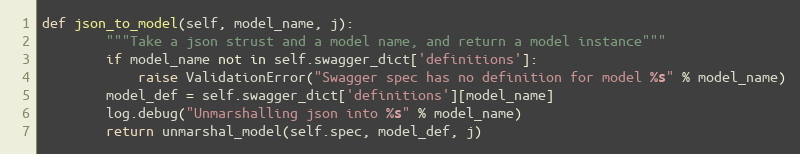
Language: Python
def json_to_model(self, model_name, j):
        """Take a json strust and a model name, and return a model instance"""
        if model_name not in self.swagger_dict['definitions']:
            raise ValidationError("Swagger spec has no definition for model %s" % model_name)
        model_def = self.swagger_dict['definitions'][model_name]
        log.debug("Unmarshalling json into %s" % model_name)
        return unmarshal_model(self.spec, model_def, j)